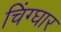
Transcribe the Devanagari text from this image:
चिंग्घार